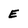
Character: E